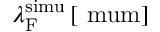
\lambda _ { \mathrm { F } } ^ { \mathrm { s i m u } } \, [ \mathrm { \ m u m } ]